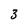
Character: 3